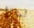
لماذا